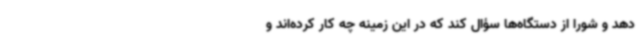
دهد و شورا از دستگاه‌ها سؤال کند که در این زمینه چه کار کرده‌اند و